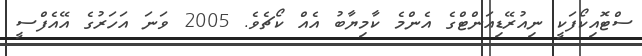
ސްޓޮއިކޯފަކީ ނިއުރޭޑިއަންޓްގެ އެންމެ ކާމިޔާބު އެއް ކޯޗެވެ. 2005 ވަނަ އަހަރުގެ އޭއެފްސީ